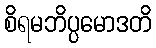
စိရမဘိပ္ပမောဒတိ